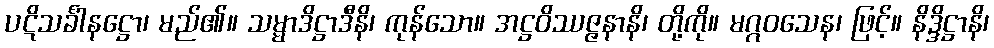
ပဋိသင်္ခါနဋ္ဌော၊ မည်၏။ သမ္မာဒိဋ္ဌာဒီနိ၊ ကုန်သော။ အဋ္ဌဝိဿဇ္ဇနာနိ၊ တို့ကို။ မဂ္ဂဝသေန၊ ဖြင့်။ နိဒ္ဒိဋ္ဌာနိ၊